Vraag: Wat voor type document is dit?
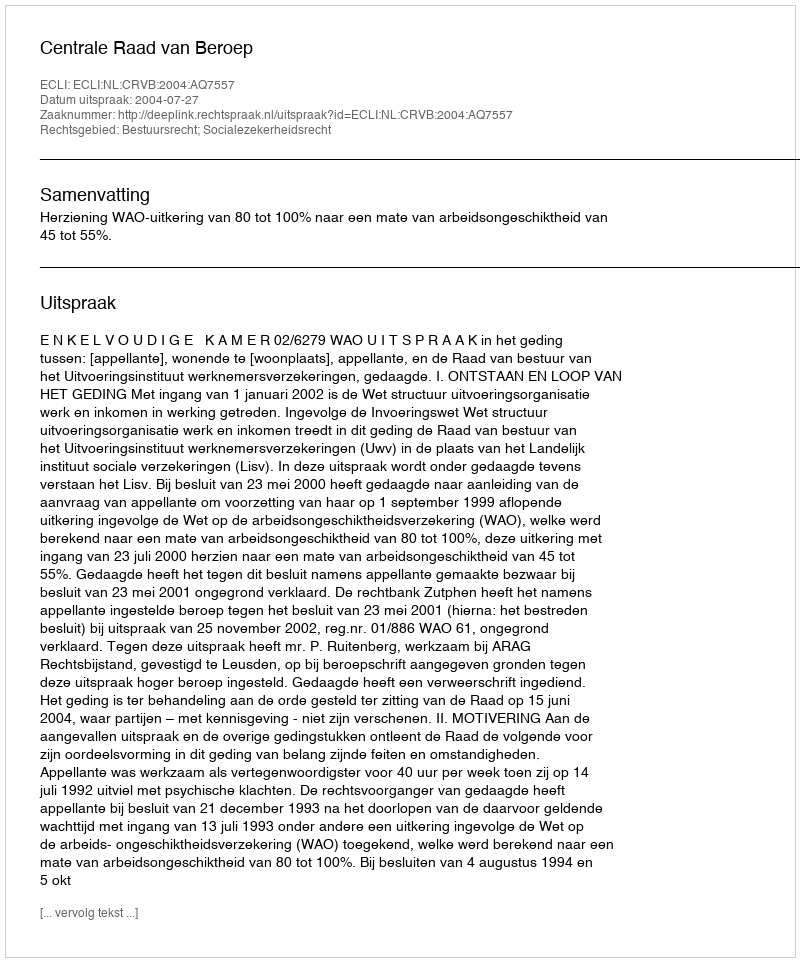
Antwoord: Uitspraak